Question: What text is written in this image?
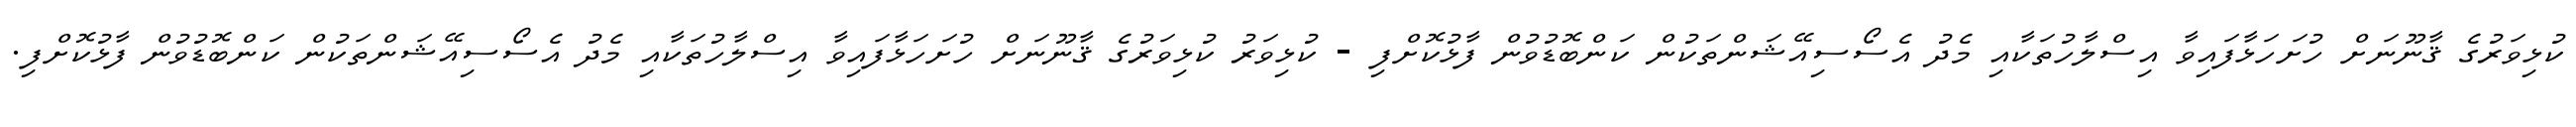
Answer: ކުޅިވަރުގެ ޤާނޫނަށް ހުށަހަޅާފައިވާ އިސްލާހުތަކާއި މެދު އެސޯސިއޭޝަންތަކުން ކަންބޮޑުވުން ފާޅުކޮށްފި - ކުޅިވަރު ކުޅިވަރުގެ ޤާނޫނަށް ހުށަހަޅާފައިވާ އިސްލާހުތަކާއި މެދު އެސޯސިއޭޝަންތަކުން ކަންބޮޑުވުން ފާޅުކޮށްފި.